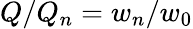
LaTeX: Q/Q_{n}=w_{n}/w_{0}